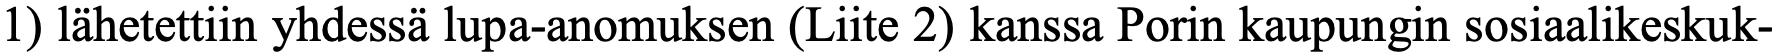
1) lähetettiin yhdessä lupa-anomuksen (Liite 2) kanssa Porin kaupungin sosiaalikeskuk-